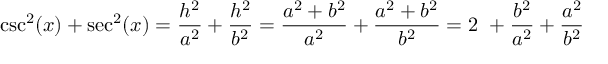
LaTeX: \csc ^ { 2 } ( x ) + \sec ^ { 2 } ( x ) = { \frac { h ^ { 2 } } { a ^ { 2 } } } + { \frac { h ^ { 2 } } { b ^ { 2 } } } = { \frac { a ^ { 2 } + b ^ { 2 } } { a ^ { 2 } } } + { \frac { a ^ { 2 } + b ^ { 2 } } { b ^ { 2 } } } = 2 \ + { \frac { b ^ { 2 } } { a ^ { 2 } } } + { \frac { a ^ { 2 } } { b ^ { 2 } } }